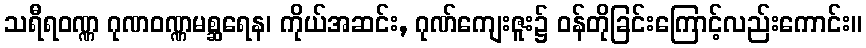
သရီရဝဏ္ဏ ဂုဏဝဏ္ဏမစ္ဆရေန၊ ကိုယ်အဆင်း, ဂုဏ်ကျေးဇူး၌ ဝန်တိုခြင်းကြောင့်လည်းကောင်း။